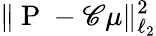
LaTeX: \| \mathrm{~P~}-{\mathscr C}\mu\| _{\ell_{2}}^{2}